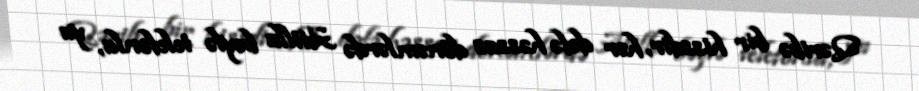
Qəribə bir hissdir, hər dəfə həssas dönəmlərdə Atilla bəylə telefonla, ya